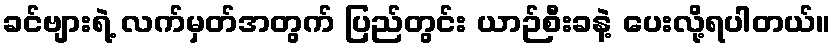
ခင်ဗျားရဲ့ လက်မှတ်အတွက် ပြည်တွင်း ယာဉ်စီးခနဲ့ ပေးလို့ရပါတယ်။